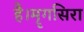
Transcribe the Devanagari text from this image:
है।मॄगसिरा